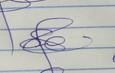
Signature authenticity: genuine